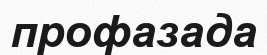
профазада